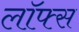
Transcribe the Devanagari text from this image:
लॉफ्स